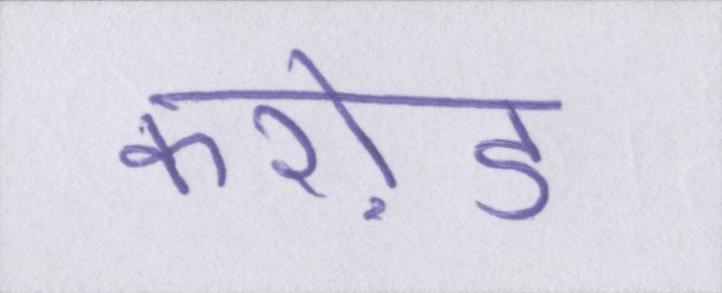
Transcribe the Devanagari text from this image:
करो़ड